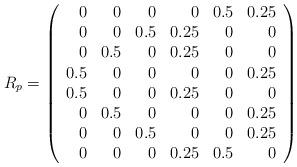
LaTeX: \begin{align*}R_p=\left(\begin{array}{rrrrrr}0 &0 &0 &0 &0.5 &0.25 \\0 &0 &0.5 &0.25 &0 &0 \\0 &0.5 &0 &0.25 &0 &0 \\0.5 &0 &0 &0 &0 &0.25 \\0.5 &0 &0 &0.25 &0 &0 \\0 &0.5 &0 &0 &0 &0.25 \\0 &0 &0.5 &0 &0 &0.25 \\0 &0 &0 &0.25 &0.5 &0 \\\end{array}\right)\end{align*}